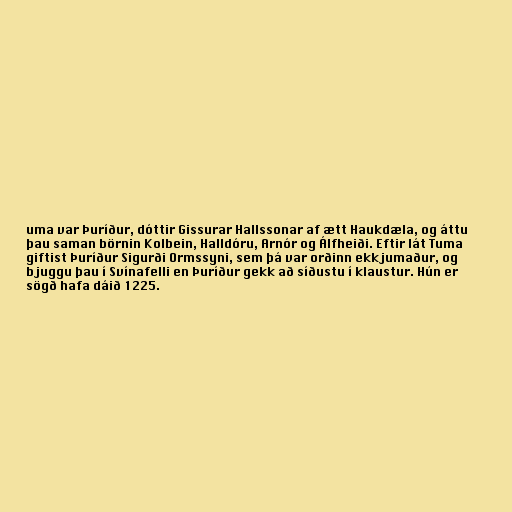
uma var Þuríður, dóttir Gissurar Hallssonar af ætt Haukdæla, og áttu
þau saman börnin Kolbein, Halldóru, Arnór og Álfheiði. Eftir lát Tuma
giftist Þuríður Sigurði Ormssyni, sem þá var orðinn ekkjumaður, og
bjuggu þau í Svínafelli en Þuríður gekk að síðustu í klaustur. Hún er
sögð hafa dáið 1225.